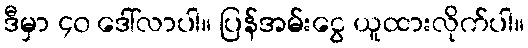
ဒီမှာ ၄၀ ဒေါ်လာပါ။ ပြန်အမ်းငွေ ယူထားလိုက်ပါ။